Vaccination Hyderabad 1890-1903 - 1890-1903
Year: 1890
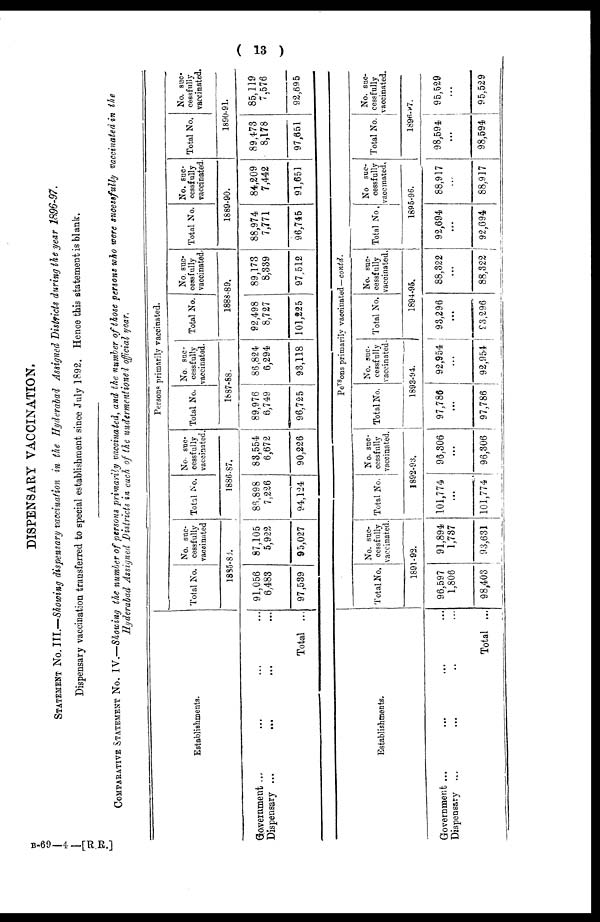
( 13 )
DISPENSARY VACCINATION.
STATEMENT No. III.—Showing dispensary vaccination in the Hyderabad Assigned Districts during the year 1896-97.
Dispensary vaccination transferred to special establishment since July 1892. Hence this statement is blank.
COMPARATIVE STATEMENT No. IV.—Showing the number of persons primarily vaccinated, and the number of those persons who were sucessfully vaccinated in the
Hyderabad Assigned Districts in each of the undermentioned official year.
Establishments.
Government ... ... ...
Dispensary ... ... ...
Total ...
Persons primarily vaccinated.
Total No.
No. suc¬
cessfully
vaccinated
1885-86.
91,056
6,483
97,539
87,105
5,922
95,027
Total No.
No. suc-
cessfully
vaccinated.
1886-87.
86,898
7,226
94,124
83,554
6,672
90,226
Total No.
No. suc-
cessfully
vaccinated.
1887-88.
89,976
6,749
96,725
86,824
6,294
93,118
Total No.
No. suc-
cessfully
vaccinated.
1888-89.
92,498
8,727
101,225
89,173
8,339
97,512
Total. No.
No. suc-
cessfully
vaccinated.
1889-90.
88,974
7,771
96,745
84,209
7,442
91,651
Total No.
No. suc¬
cessfully
vaccinated.
1890-91.
89,473
8,178
97,651
85,119
7,576
92,695
Establishments.
Government ... ... ...
Dispensary ... ... ...
Total ...
Persons primarily vaccinated—contd.
Total No.
No. suc-
cessfully
vaccinated.
1891-92.
96,597
1,806
98,403
91,894
1,787
93,631
Total No.
No. suc-
cessfully
vaccinated.
1892-93.
101,774
...
101,774
96,306
...
96,306
Total No.
No. suc¬
cessfully
vaccinated.
1893-94.
97,786
...
97,786
92,954
...
92,954
Total No.
No. suc-
cessfully
vaccinated.
1894-95.
93,296
...
93,296
88,322
...
88,322
Total No.
No suc-
cessfully
vaccinated.
1895-96.
92,694
...
92,694
88,917
...
88,917
Total No.
No. suc-
cessfully
vaccinated.
1896-97.
98,594
...
98,594
95,529
...
95,529
B-69—4 —[R.R.]